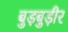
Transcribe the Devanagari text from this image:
बुड़बुड़ीर